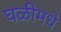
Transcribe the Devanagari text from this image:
घळीमधे